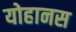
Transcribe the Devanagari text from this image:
योहानस